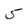
Character: 5